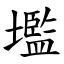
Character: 壏